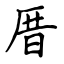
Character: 厝